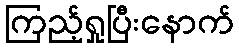
ကြည့်ရှုပြီးနောက်